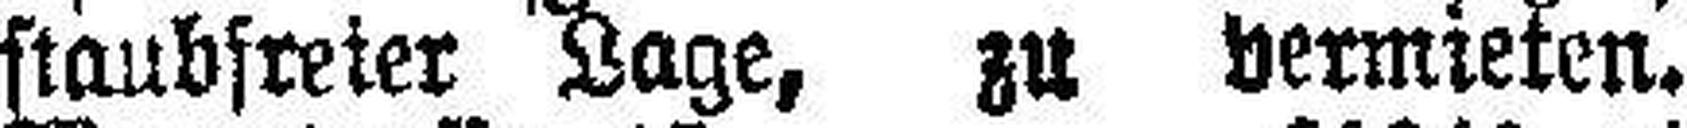
staubfreier Lage, zu vermieten.